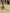
و